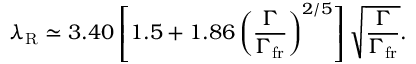
\lambda _ { \mathrm { R } } \simeq 3 . 4 0 \left[ 1 . 5 + 1 . 8 6 \left( \frac { \Gamma } { \Gamma _ { \mathrm { f r } } } \right) ^ { 2 / 5 } \right] \sqrt { \frac { \Gamma } { \Gamma _ { \mathrm { f r } } } } .